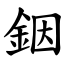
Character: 銦